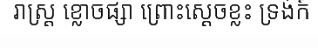
រាស្ត្រ ខ្លោចផ្សា ព្រោះស្តេចខ្លះ ទ្រង់ក៍